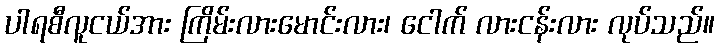
ပါရစီလူငယ်အား ကြိမ်းလားမောင်းလား၊ ငေါက် လားငန်းလား လုပ်သည်။